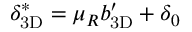
\ensuremath { \delta _ { \mathrm { 3 D } } } ^ { * } = \mu _ { R } \ensuremath { b _ { \mathrm { 3 D } } ^ { \prime } } + \delta _ { 0 }